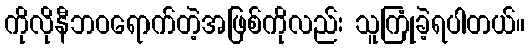
ကိုလိုနီဘဝရောက်တဲ့အဖြစ်ကိုလည်း သူကြုံခဲ့ရပါတယ်။